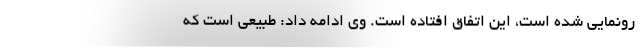
رونمایی شده است، این اتفاق افتاده است. وی ادامه داد: طبیعی است که